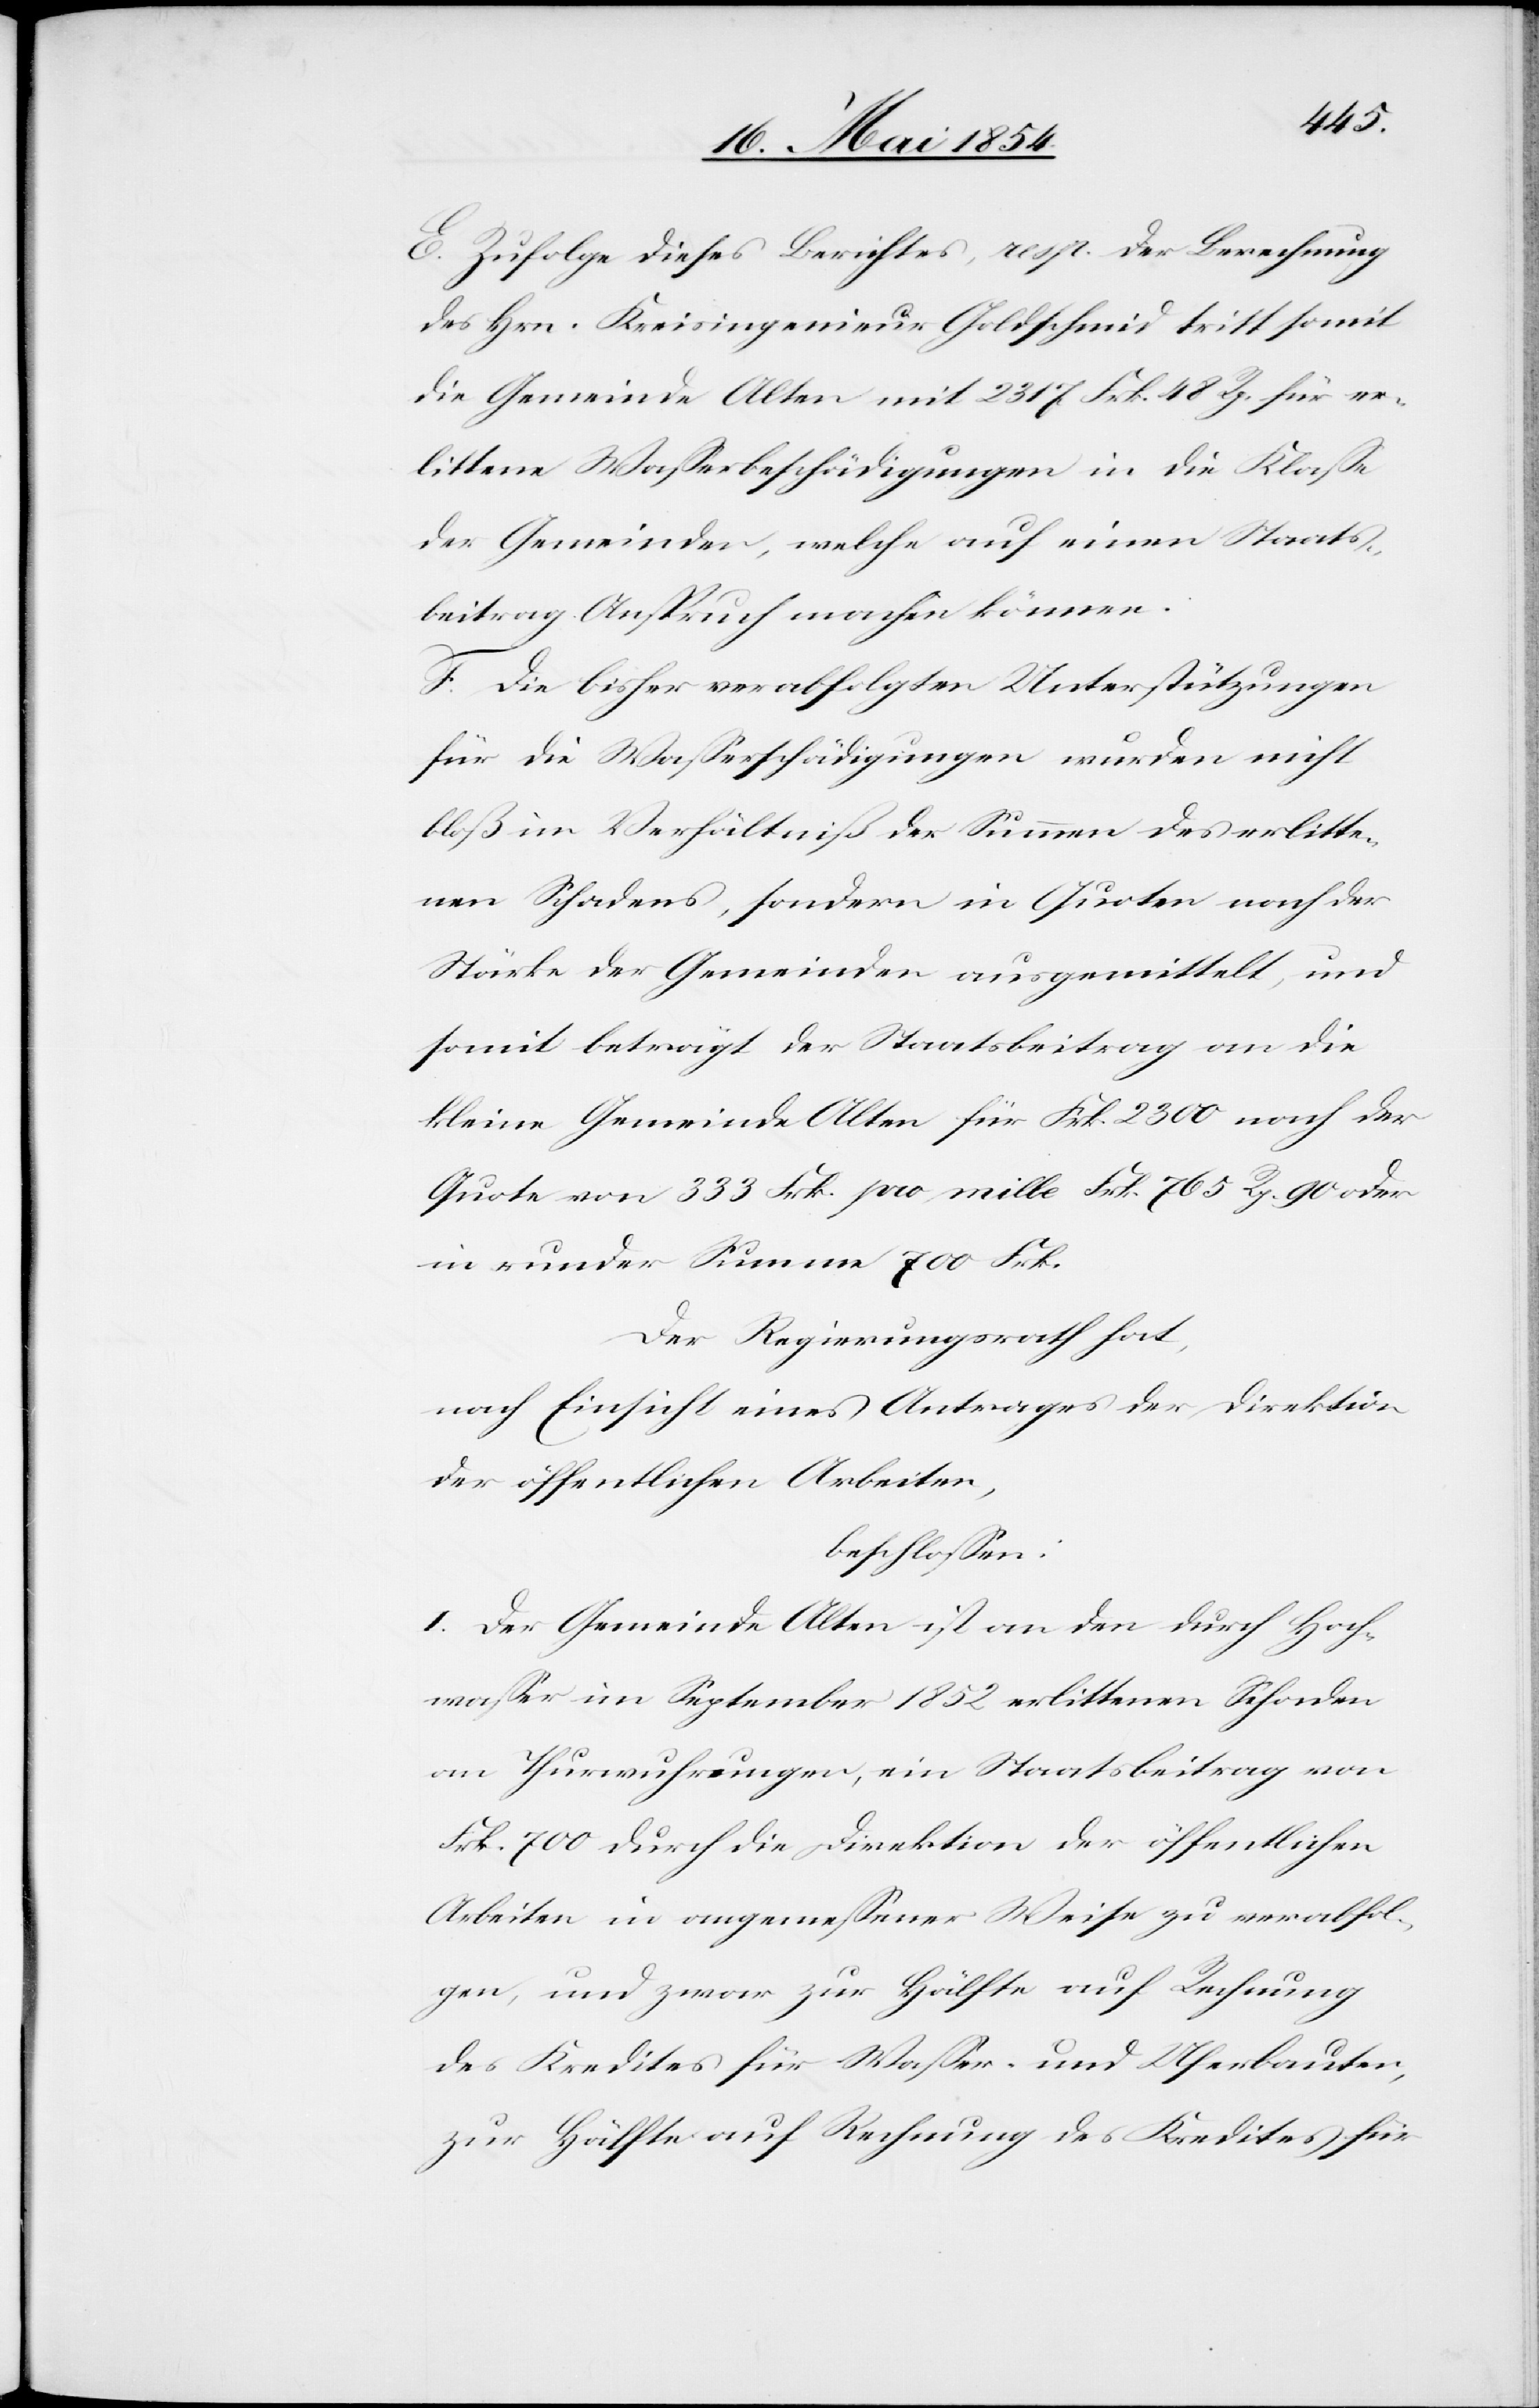
E. Zufolge dieses Berichtes, resp. der Berechnung
des Hrn. Kreisingenieur Goldschmid tritt somit
die Gemeinde Alten mit 2317 Frk. 48 Rp. für er¬
littene Waßerbeschädigungen in die Klaße
der Gemeinden, welche auf einen Staats¬
beitrag Anspruch machen können.
F. Die bisher verabfolgten Unterstützungen
für die Waßerbeschädigungen wurden nicht
bloß im Verhältniß der Summe des erlitte¬
nen Schadens, sondern in Quoten nach der
Stärke der Gemeinde ausgemittelt, und
somit beträgt der Staatsbeitrag an die
kleine Gemeinde Alten für Frk. 2300 nach der
Quote von 333 Frk. pro mille Frk. 765 Rp. 90 oder
in runder Summe 700 Frk.
Der Regierungsrath hat,
nach Einsicht eines Antrages der Direktion
der öffentlichen Arbeiten,
beschloßen:
I. Der Gemeinde Alten ist an den durch Hoch¬
waßer im September 1852 erlittenen Schaden
an Thurwuhrungen, ein Staatsbeitrag von
Frk. 700 durch die Direktion der öffentlichen
Arbeiten in angemeßener Weise zu verabfol¬
gen, und zwar zur Hälfte auf Rechnung
des Kredites für Waßer- und Uferbauten,
zur Hälfte auf Rechnung des Kredites für